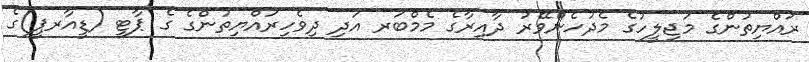
ރައްޔިތުންގެ މަޖިލީހުގެ މެދުހެންވޭރު ދާއިރާގެ މެމްބަރ އަދި ދިވެހިރައްޔިތުންގެ ގެ ޕާޓީ (ޑީއާރޕީ)ގެ